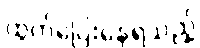
ထွက်ပြေးနေရသည့်